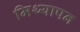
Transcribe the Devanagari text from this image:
मिथ्यापन